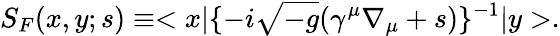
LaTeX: S_{F}(x,y;s)\equiv<x|\{ -i\sqrt{-g}(\gamma^{\mu}\nabla_{\mu}+s)\} ^{-1}|y>.